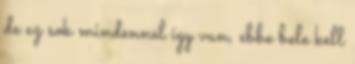
de ez sok mindennel így van, ebbe bele kell